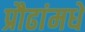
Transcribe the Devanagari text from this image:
प्रौढांमधे